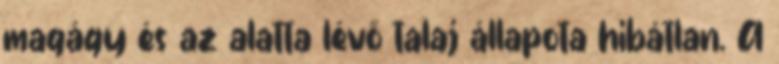
magágy és az alatta lévő talaj állapota hibátlan. A